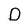
Character: D